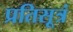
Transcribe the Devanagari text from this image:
प्रतिसूत्रं